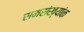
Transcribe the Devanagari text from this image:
समसंख्यांक